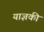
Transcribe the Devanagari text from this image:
याज्ञकी